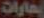
يمارات